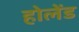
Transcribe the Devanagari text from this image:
होलेंड